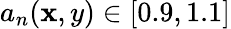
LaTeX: a_{n}(\mathbf{x},y)\in[0.9,1.1]